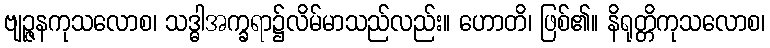
ဗျဉ္ဇနကုသလောစ၊ သဒ္ဓါအက္ခရာ၌လိမ်မာသည်လည်း။ ဟောတိ၊ ဖြစ်၏။ နိရုတ္တိကုသလောစ၊